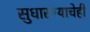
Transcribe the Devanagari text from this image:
सुधारण्याचेही